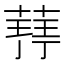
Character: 𮐥